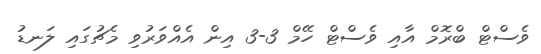
ވެސްޓް ބްރޮމް އާއި ވެސްޓް ހޭމް 3-3 އިން އެއްވަރުވި މެޗުގައި ލަނޑު